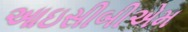
આઇસીબીએમ